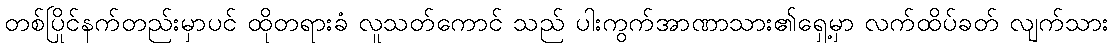
တစ်ပြိုင်နက်တည်းမှာပင် ထိုတရားခံ လူသတ်ကောင် သည် ပါးကွက်အာဏာသား၏ရှေ့မှာ လက်ထိပ်ခတ် လျက်သား